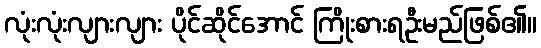
လုံးလုံးလျားလျား ပိုင်ဆိုင်အောင် ကြိုးစားရဦးမည်ဖြစ်၏။